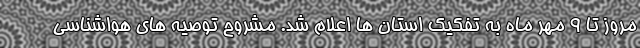
مروز تا 9 مهر ماه به تفکیک استان ها اعلام شد. مشروح توصیه های هواشناسی